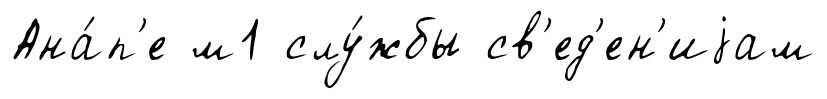
Ана́п'е м1 слу́жбы св'ед'ен'иjам